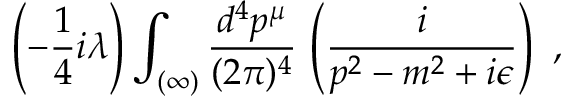
\left( - \frac { 1 } { 4 } i \lambda \right) \int _ { ( \infty ) } \frac { d ^ { 4 } p ^ { \mu } } { ( 2 \pi ) ^ { 4 } } \, \left( \frac { i } { p ^ { 2 } - m ^ { 2 } + i \epsilon } \right) \ ,